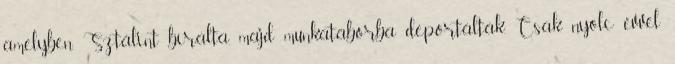
amelyben Sztálint bírálta, majd munkatáborba deportálták. Csak nyolc évvel